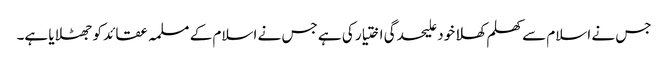
جس نے اسلام سے کھلم کھلا خود علیحدگی اختیار کی ہے جس نے اسلام کے مسلمہ عقائد کو جھٹلایا ہے۔